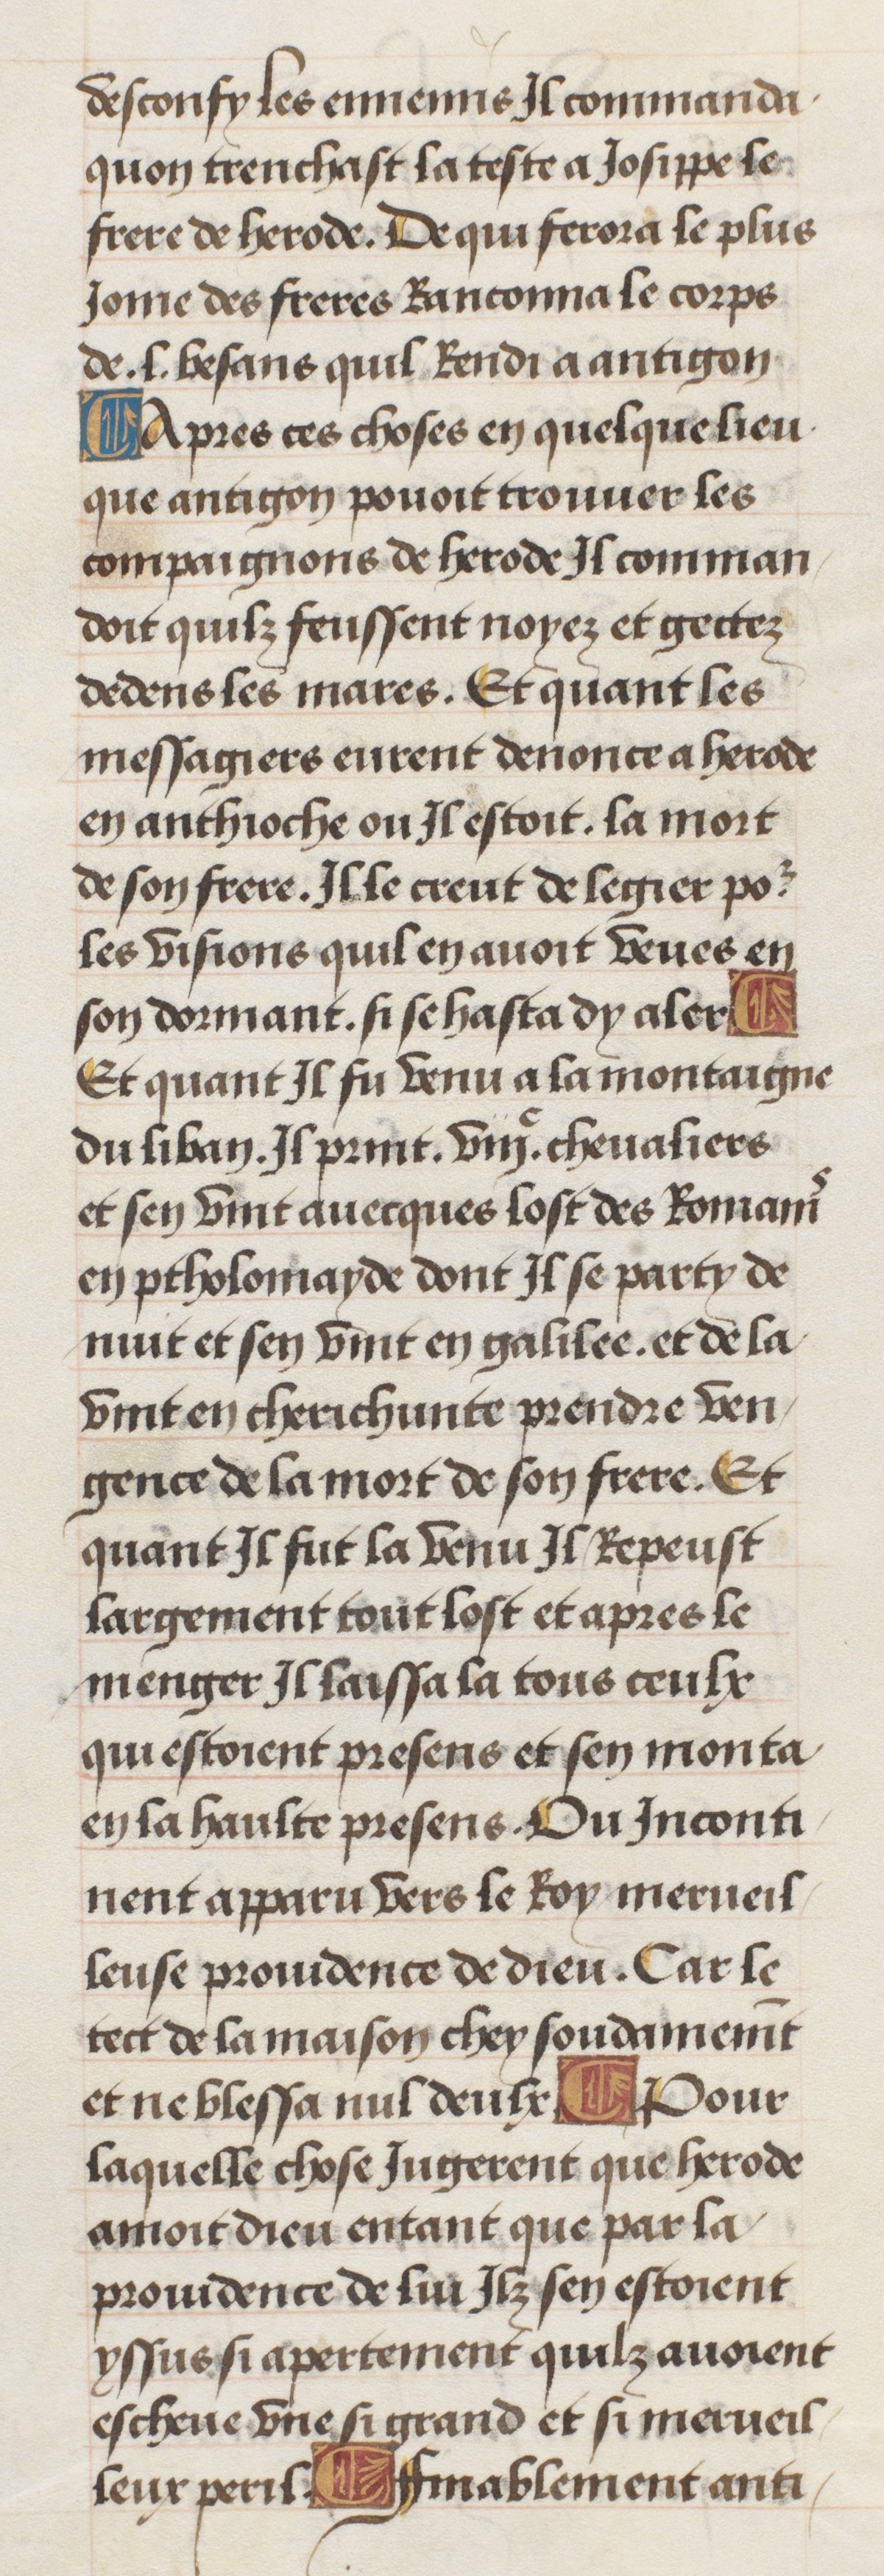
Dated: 1470–1499